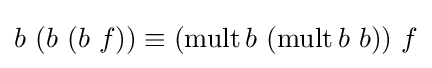
b\ (b\ (b\ f))\equiv (\operatorname {mult} b\ (\operatorname {mult} b\ b))\ f